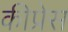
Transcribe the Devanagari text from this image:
कीप्रेस